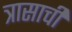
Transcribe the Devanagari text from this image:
त्रासाची